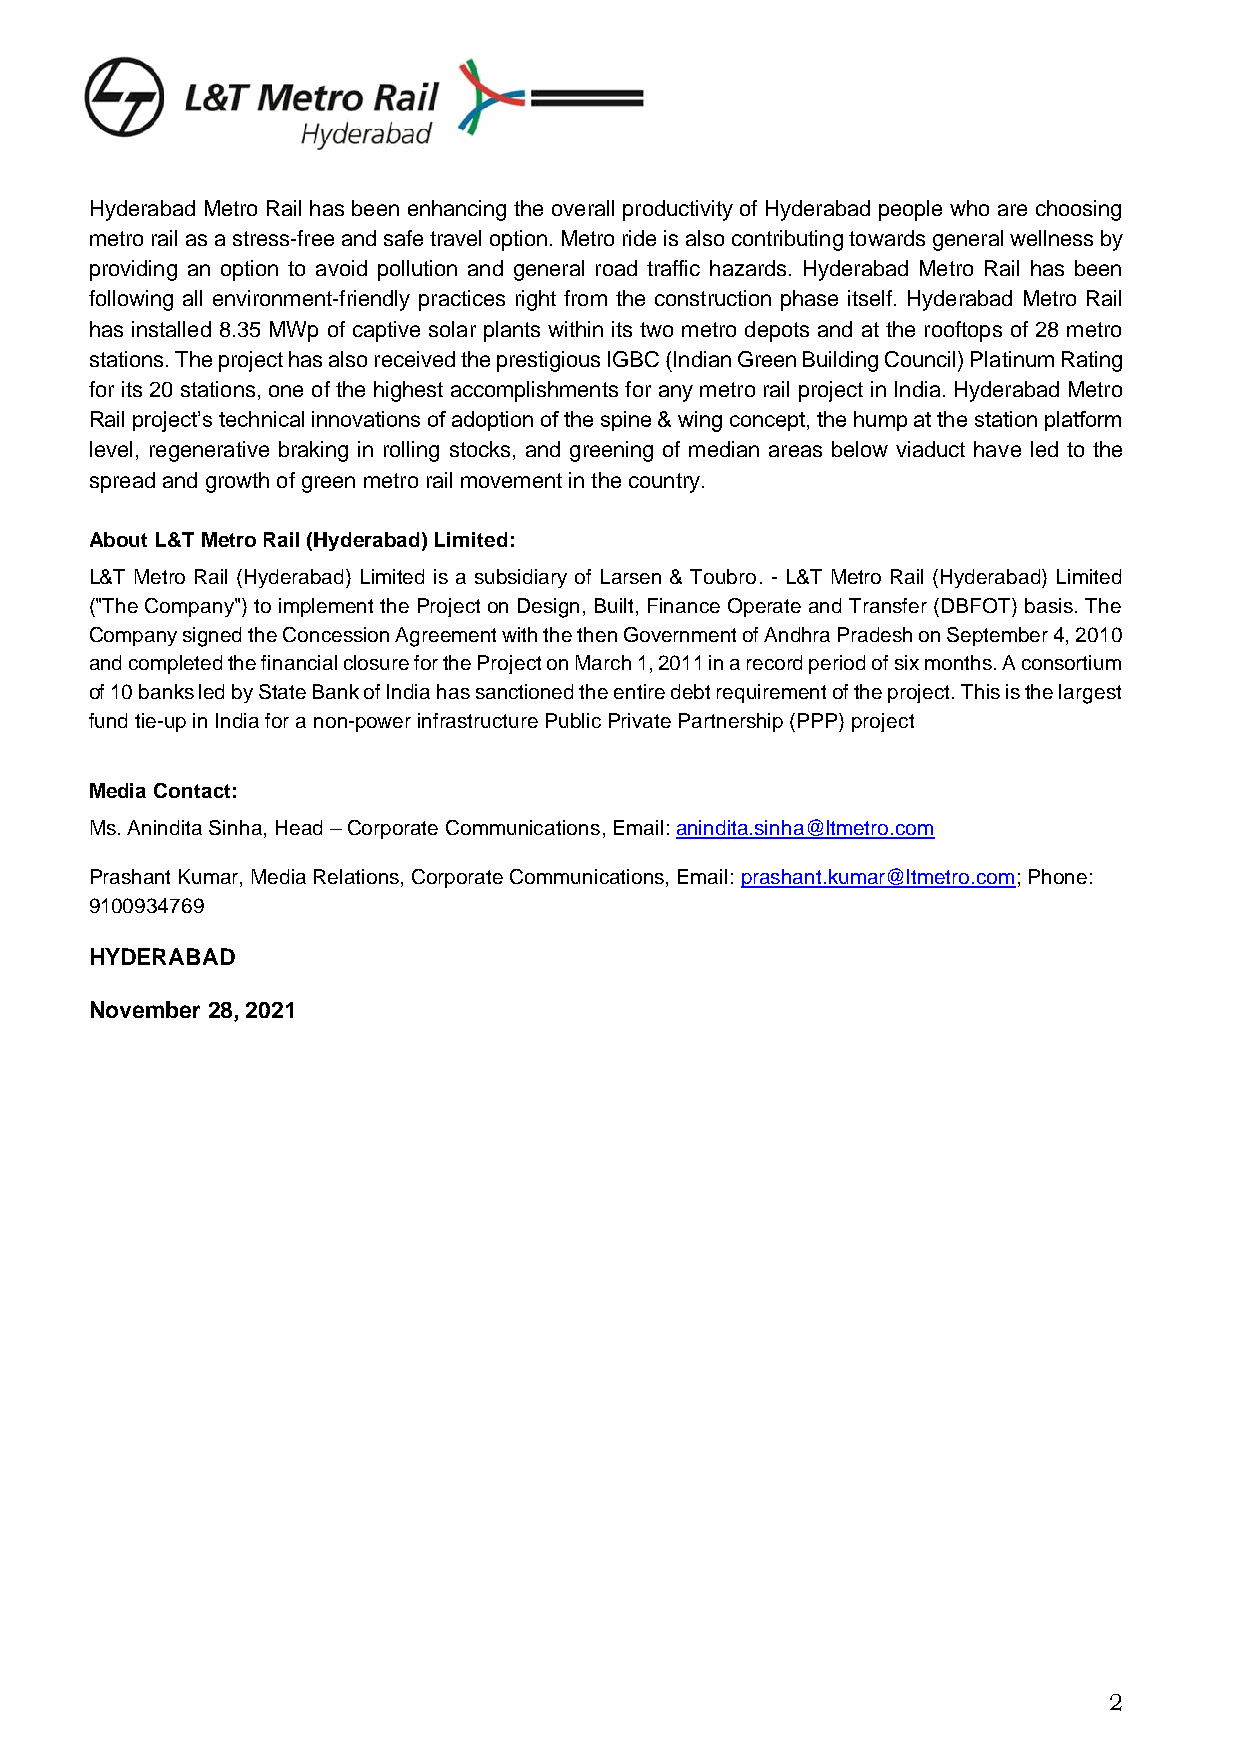
Hyderabad Metro Rail has been enhancing the overall productivity of Hyderabad people who are choosing
 metro rail as a stress-free and safe travel option. Metro ride is also contributing towards general wellness by
 providing an option to avoid pollution and general road traffic hazards. Hyderabad Metro Rail has been
 following all environment-friendly practices right from the construction phase itself. Hyderabad Metro Rail
 has installed 8.35 MWp of captive solar plants within its two metro depots and at the rooftops of 28 metro
 stations. The project has also received the prestigious IGBC (Indian Green Building Council) Platinum Rating
 for its 20 stations, one of the highest accomplishments for any metro rail project in India. Hyderabad Metro
 Rail project’s technical innovations of adoption of the spine & wing concept, the hump at the station platform
 level, regenerative braking in rolling stocks, and greening of median areas below viaduct have led to the
 spread and growth of green metro rail movement in the country.
 About L&T Metro Rail (Hyderabad) Limited:
 L&T Metro Rail (Hyderabad) Limited is a subsidiary of Larsen & Toubro. - L&T Metro Rail (Hyderabad) Limited
 ("The Company") to implement the Project on Design, Built, Finance Operate and Transfer (DBFOT) basis. The
 Company signed the Concession Agreement with the then Government of Andhra Pradesh on September 4, 2010
 and completed the financial closure for the Project on March 1, 2011 in a record period of six months. A consortium
 of 10 banks led by State Bank of India has sanctioned the entire debt requirement of the project. This is the largest
 fund tie-up in India for a non-power infrastructure Public Private Partnership (PPP) project
 Media Contact:
 Ms. Anindita Sinha, Head – Corporate Communications, Email: anindita.sinha@ltmetro.com
 Prashant Kumar, Media Relations, Corporate Communications, Email: prashant.kumar@ltmetro.com; Phone:
 9100934769
 HYDERABAD
 November 28, 2021
 2